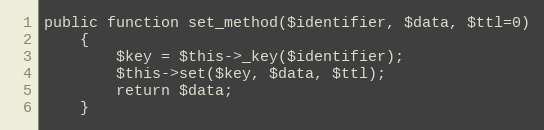
Language: PHP
public function set_method($identifier, $data, $ttl=0)
    {
    	$key = $this->_key($identifier);
    	$this->set($key, $data, $ttl);
    	return $data;
    }